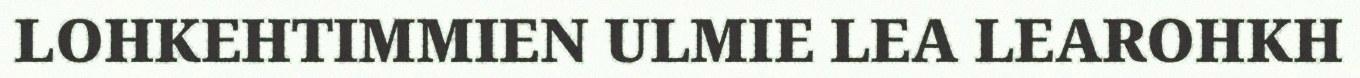
LOHKEHTIMMIEN ULMIE LEA LEAROHKH